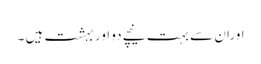
اوران سے بہت نیچے دو اور بہشت ہیں ۔